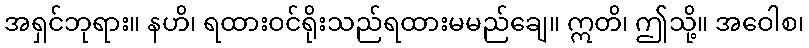
အရှင်ဘုရား။ နဟိ၊ ရထားဝင်ရိုးသည်ရထားမမည်ချေ။ ဣတိ၊ ဤသို့။ အဝေါစ၊